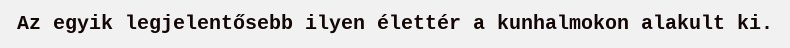
Az egyik legjelentősebb ilyen élettér a kunhalmokon alakult ki.